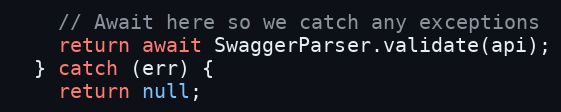
Language: JavaScript
    // Await here so we catch any exceptions
    return await SwaggerParser.validate(api);
  } catch (err) {
    return null;